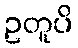
ဥတူပိ